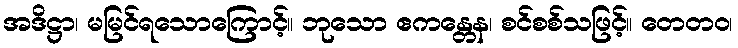
အဒိဋ္ဌာ၊ မမြင်ရသောကြောင့်။ ဘုသော ဧကန္တေန၊ စင်စစ်သဖြင့်။ တေတဝ၊